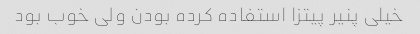
خیلى پنیر پیتزا استفاده کرده بودن ولى خوب بود